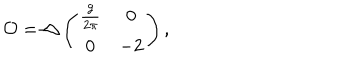
{ \cal O } = \triangle \left( \begin{array} { c c } { { \frac { g } { 2 \pi } } } & { { 0 } } \\ { { 0 } } & { { - 2 } } \\ \end{array} \right) ,